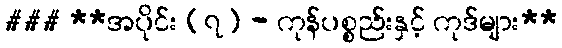
### **အပိုင်း (၇) - ကုန်ပစ္စည်းနှင့် ကုဒ်များ**